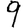
Digit: 9